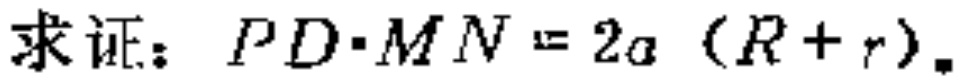
求证：\(PD\cdot MN = 2a (R + r)\)。